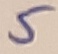
Text: 5